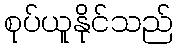
စုပ်ယူနိုင်သည်